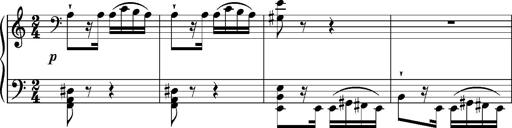
Title: 2 Album-Leaves, S.166y
Composer: Franz Liszt
Key: A minor